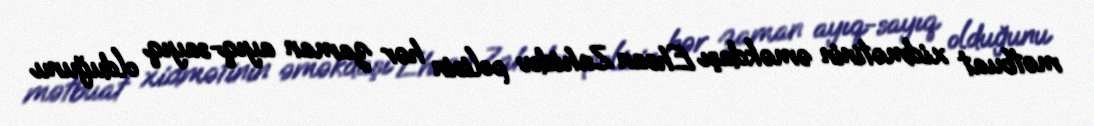
mətbuat xidmətinin əməkdaşı Ehsan Zahidov polisin hər zaman ayıq-sayıq olduğunu